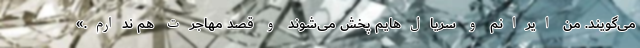
می‌گویند. من ایرانم و سریال‌هایم پخش می‌شوند و قصد مهاجرت هم ندارم.»